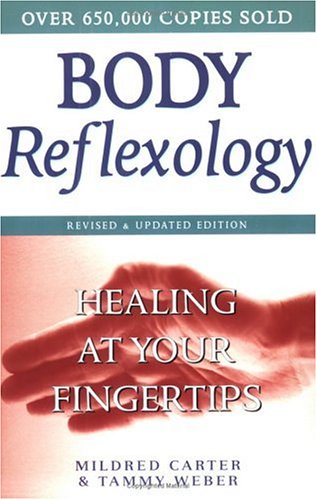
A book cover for Body Reflexology: Healing at Your Fingertips; Mildred Carter; Health, Fitness & Dieting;